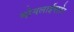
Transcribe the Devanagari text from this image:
मोगलाईबाहेर